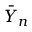
{ \bar { Y } } _ { n }